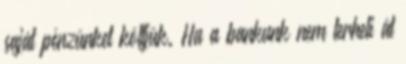
saját pénzünket költjük. Ha a bankunk nem terheli át